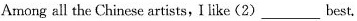
Among all the Chinese artists, like(2)____best.